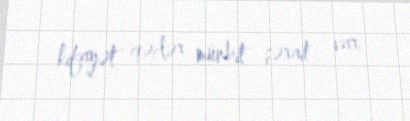
kifayət qədər münbit şərait var.